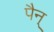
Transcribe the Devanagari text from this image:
पैन्